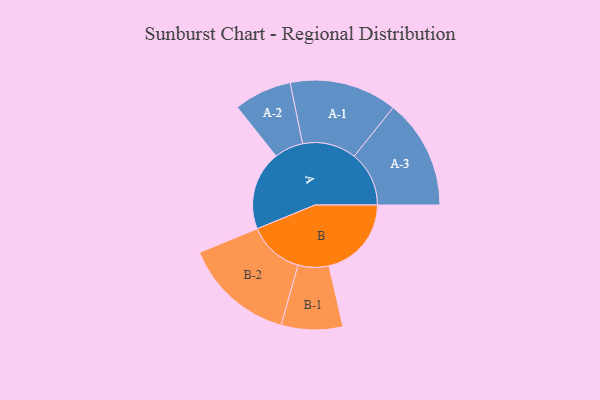
{"axis": {"x": "Segment", "y": "Value"}, "legend": ["", "A", "B"], "data": [{"x": "A", "y": 350, "type": ""}, {"x": "B", "y": 365, "type": ""}, {"x": "A-1", "y": 238, "type": "A"}, {"x": "A-2", "y": 128, "type": "A"}, {"x": "A-3", "y": 243, "type": "A"}, {"x": "B-1", "y": 136, "type": "B"}, {"x": "B-2", "y": 246, "type": "B"}]}